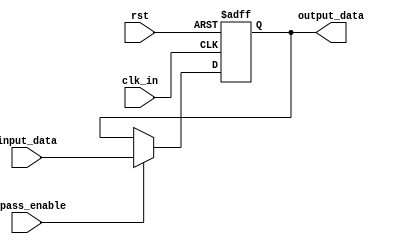
module variable_width_bypass_register (
    input wire clk_in,
    input wire rst,
    input wire bypass_enable,
    input wire [7:0] input_data,
    output reg [7:0] output_data
);

reg [7:0] stored_data;

always @(posedge clk_in or posedge rst) begin
    if (rst) begin
        stored_data <= 8'h0;
    end else begin
        if (bypass_enable) begin
            stored_data <= input_data;
        end else begin
            stored_data <= stored_data;
        end
    end
end

assign output_data = stored_data;

endmodule